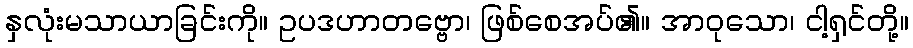
နှလုံးမသာယာခြင်းကို။ ဥပဒဟာတဗ္ဗော၊ ဖြစ်စေအပ်၏။ အာဝုသော၊ ငါ့ရှင်တို့။